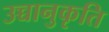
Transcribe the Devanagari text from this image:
उच्चानुकृति